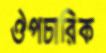
ঔপচারিক